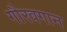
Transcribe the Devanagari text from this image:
गौरवगान